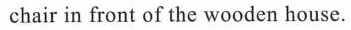
chair in front of the wooden house.